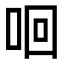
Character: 𠲛